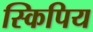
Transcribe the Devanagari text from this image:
स्किपिय